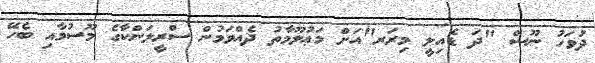
ދުވަހު ނޫސް "ދަ ޑެއިލީ މިރަރ"އަށް މަޢުލޫމާތު ދެއްވަމުން ސްރީލަންކާގެ މޫސުމާއި ބެހޭ